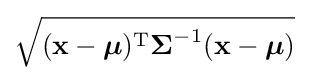
{\sqrt {({\mathbf {x} }-{\boldsymbol {\mu }})^{\mathrm {T} }{\boldsymbol {\Sigma }}^{-1}({\mathbf {x} }-{\boldsymbol {\mu }})}}